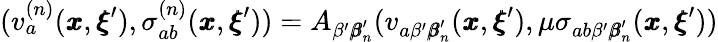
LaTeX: (v_{a}^{(n)}({\pmb x},{\pmb\xi}^{\prime}),\sigma_{ab}^{(n)}({\pmb x},{\pmb\xi}^{\prime}))=A_{\beta^{\prime}{\pmb\beta}_{n}^{\prime}}(v_{a\beta^{\prime}{\pmb\beta}_{n}^{\prime}}({\pmb x},{\pmb\xi}^{\prime}),\mu\sigma_{ab\beta^{\prime}{\pmb\beta}_{n}^{\prime}}({\pmb x},{\pmb\xi}^{\prime}))